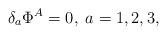
LaTeX: \begin{align*}\delta _{a}\Phi ^{A}=0,\;a=1,2,3, \end{align*}